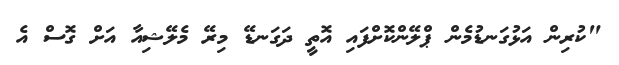
"ކުރިން އަޅުގަނޑުމެން ޕްލޭންކޮށްފައި އޮތީ ދަގަނޑޭ މިރޭ މެލޭޝިއާ އަށް ގޮސް އެ